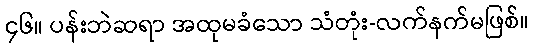
၄၆။ ပန်းဘဲဆရာ အထုမခံသော သံတုံး-လက်နက်မဖြစ်။